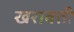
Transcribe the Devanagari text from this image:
खरावती